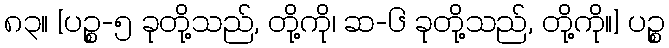
၈၃။ [ပဉ္စ-၅ ခုတို့သည်, တို့ကို၊ ဆ-၆ ခုတို့သည်, တို့ကို။] ပဉ္စ